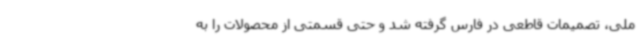
ملی، تصمیمات قاطعی در فارس گرفته شد و حتی قسمتی از محصولات را به